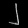
Digit: ၂